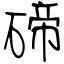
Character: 碲